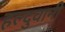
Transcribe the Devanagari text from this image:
हल्दुवानी